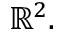
\mathbb { R } ^ { 2 } .